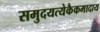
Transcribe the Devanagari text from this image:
समुदयत्येकैकमादाय